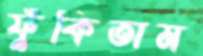
ফুঁকিতাম